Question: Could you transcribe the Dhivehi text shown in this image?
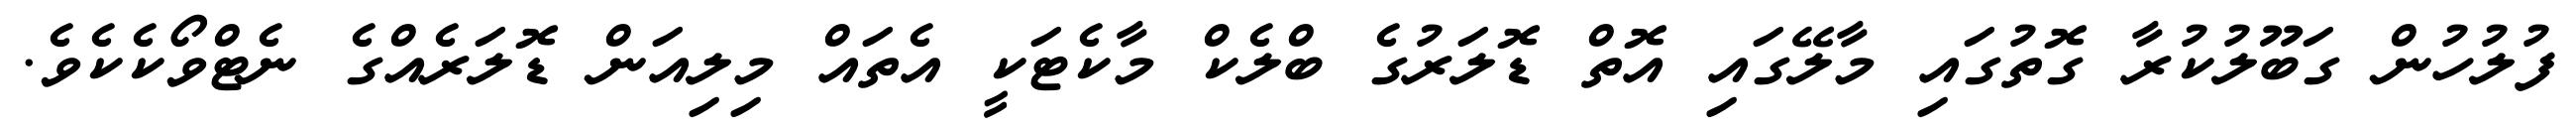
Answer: ފުލުހުން ގަބޫލުކުރާ ގޮތުގައި މާލޭގައި އޮތް ޑޮލަރުގެ ބްލެކް މާކެޓަކީ އެތައް މިލިއަން ޑޮލަރެއްގެ ނެޓްވޯކެކެވެ.